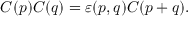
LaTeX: C ( p ) C ( q ) = \varepsilon ( p , q ) C ( p + q ) .